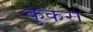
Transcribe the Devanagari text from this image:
कुकरा